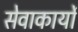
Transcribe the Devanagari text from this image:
सेवाकार्यो